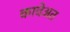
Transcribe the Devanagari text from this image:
कावेअत